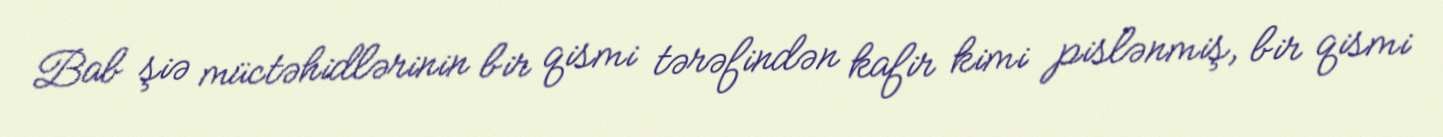
Bab şiə müctəhidlərinin bir qismi tərəfindən kafir kimi pislənmiş, bir qismi